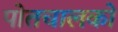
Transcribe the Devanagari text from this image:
पोतचालकों